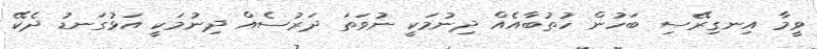
ވީމާ އިނގިރޭސި ބަހުން ހުތުބާއެއް ދިނުމަކީ ނުވަތަ ދަރުސެއް ދިނުމަކީ އަޅުގަނޑު ދެކޭ